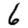
Digit: 6